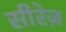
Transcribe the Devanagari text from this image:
सीरेज़